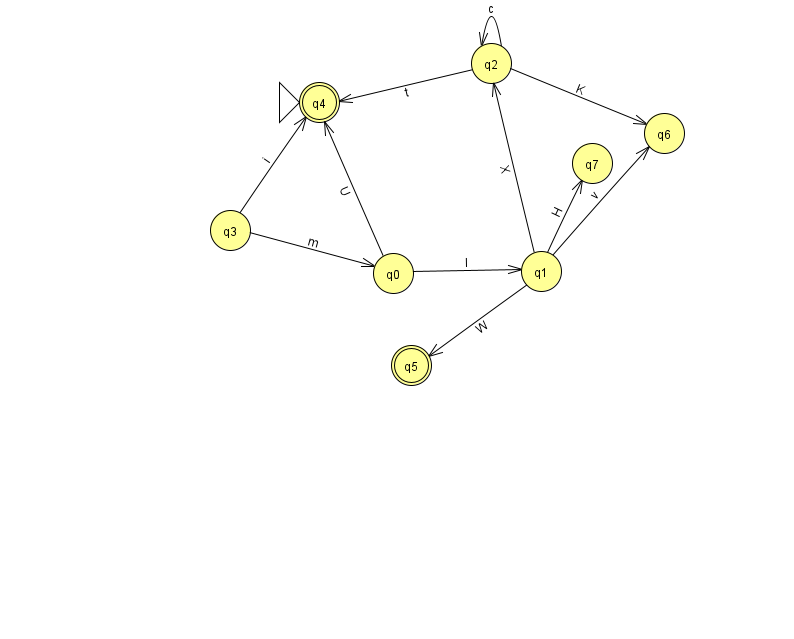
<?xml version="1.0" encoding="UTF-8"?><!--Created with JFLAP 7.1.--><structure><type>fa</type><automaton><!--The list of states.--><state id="0" name="q0"><x>393.0</x><y>260.0</y></state><state id="1" name="q1"><x>541.0</x><y>258.0</y></state><state id="2" name="q2"><x>491.0</x><y>50.0</y></state><state id="3" name="q3"><x>230.0</x><y>217.0</y></state><state id="4" name="q4"><x>319.0</x><y>89.0</y><initial/><final/></state><state id="5" name="q5"><x>411.0</x><y>352.0</y><final/></state><state id="6" name="q6"><x>664.0</x><y>120.0</y></state><state id="7" name="q7"><x>592.0</x><y>150.0</y></state><!--The list of transitions.--><transition><from>0</from><to>4</to><read>U</read></transition><transition><from>1</from><to>2</to><read>X</read></transition><transition><from>2</from><to>2</to><read>c</read></transition><transition><from>2</from><to>6</to><read>K</read></transition><transition><from>1</from><to>6</to><read>v</read></transition><transition><from>3</from><to>0</to><read>m</read></transition><transition><from>0</from><to>1</to><read>l</read></transition><transition><from>1</from><to>5</to><read>W</read></transition><transition><from>3</from><to>4</to><read>i</read></transition><transition><from>1</from><to>7</to><read>H</read></transition><transition><from>2</from><to>4</to><read>t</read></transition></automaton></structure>